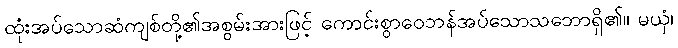
ထုံးအပ်သောဆံကျစ်တို့၏အစွမ်းအားဖြင့် ကောင်းစွာဝေဘန်အပ်သောသဘောရှိ၏။ မယှံ၊